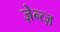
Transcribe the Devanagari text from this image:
ज़ेन्त्ज़